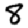
Digit: 8